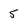
Character: 5